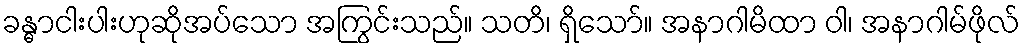
ခန္ဓာငါးပါးဟုဆိုအပ်သော အကြွင်းသည်။ သတိ၊ ရှိသော်။ အနာဂါမိထာ ဝါ၊ အနာဂါမ်ဖိုလ်